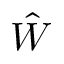
\hat { W }